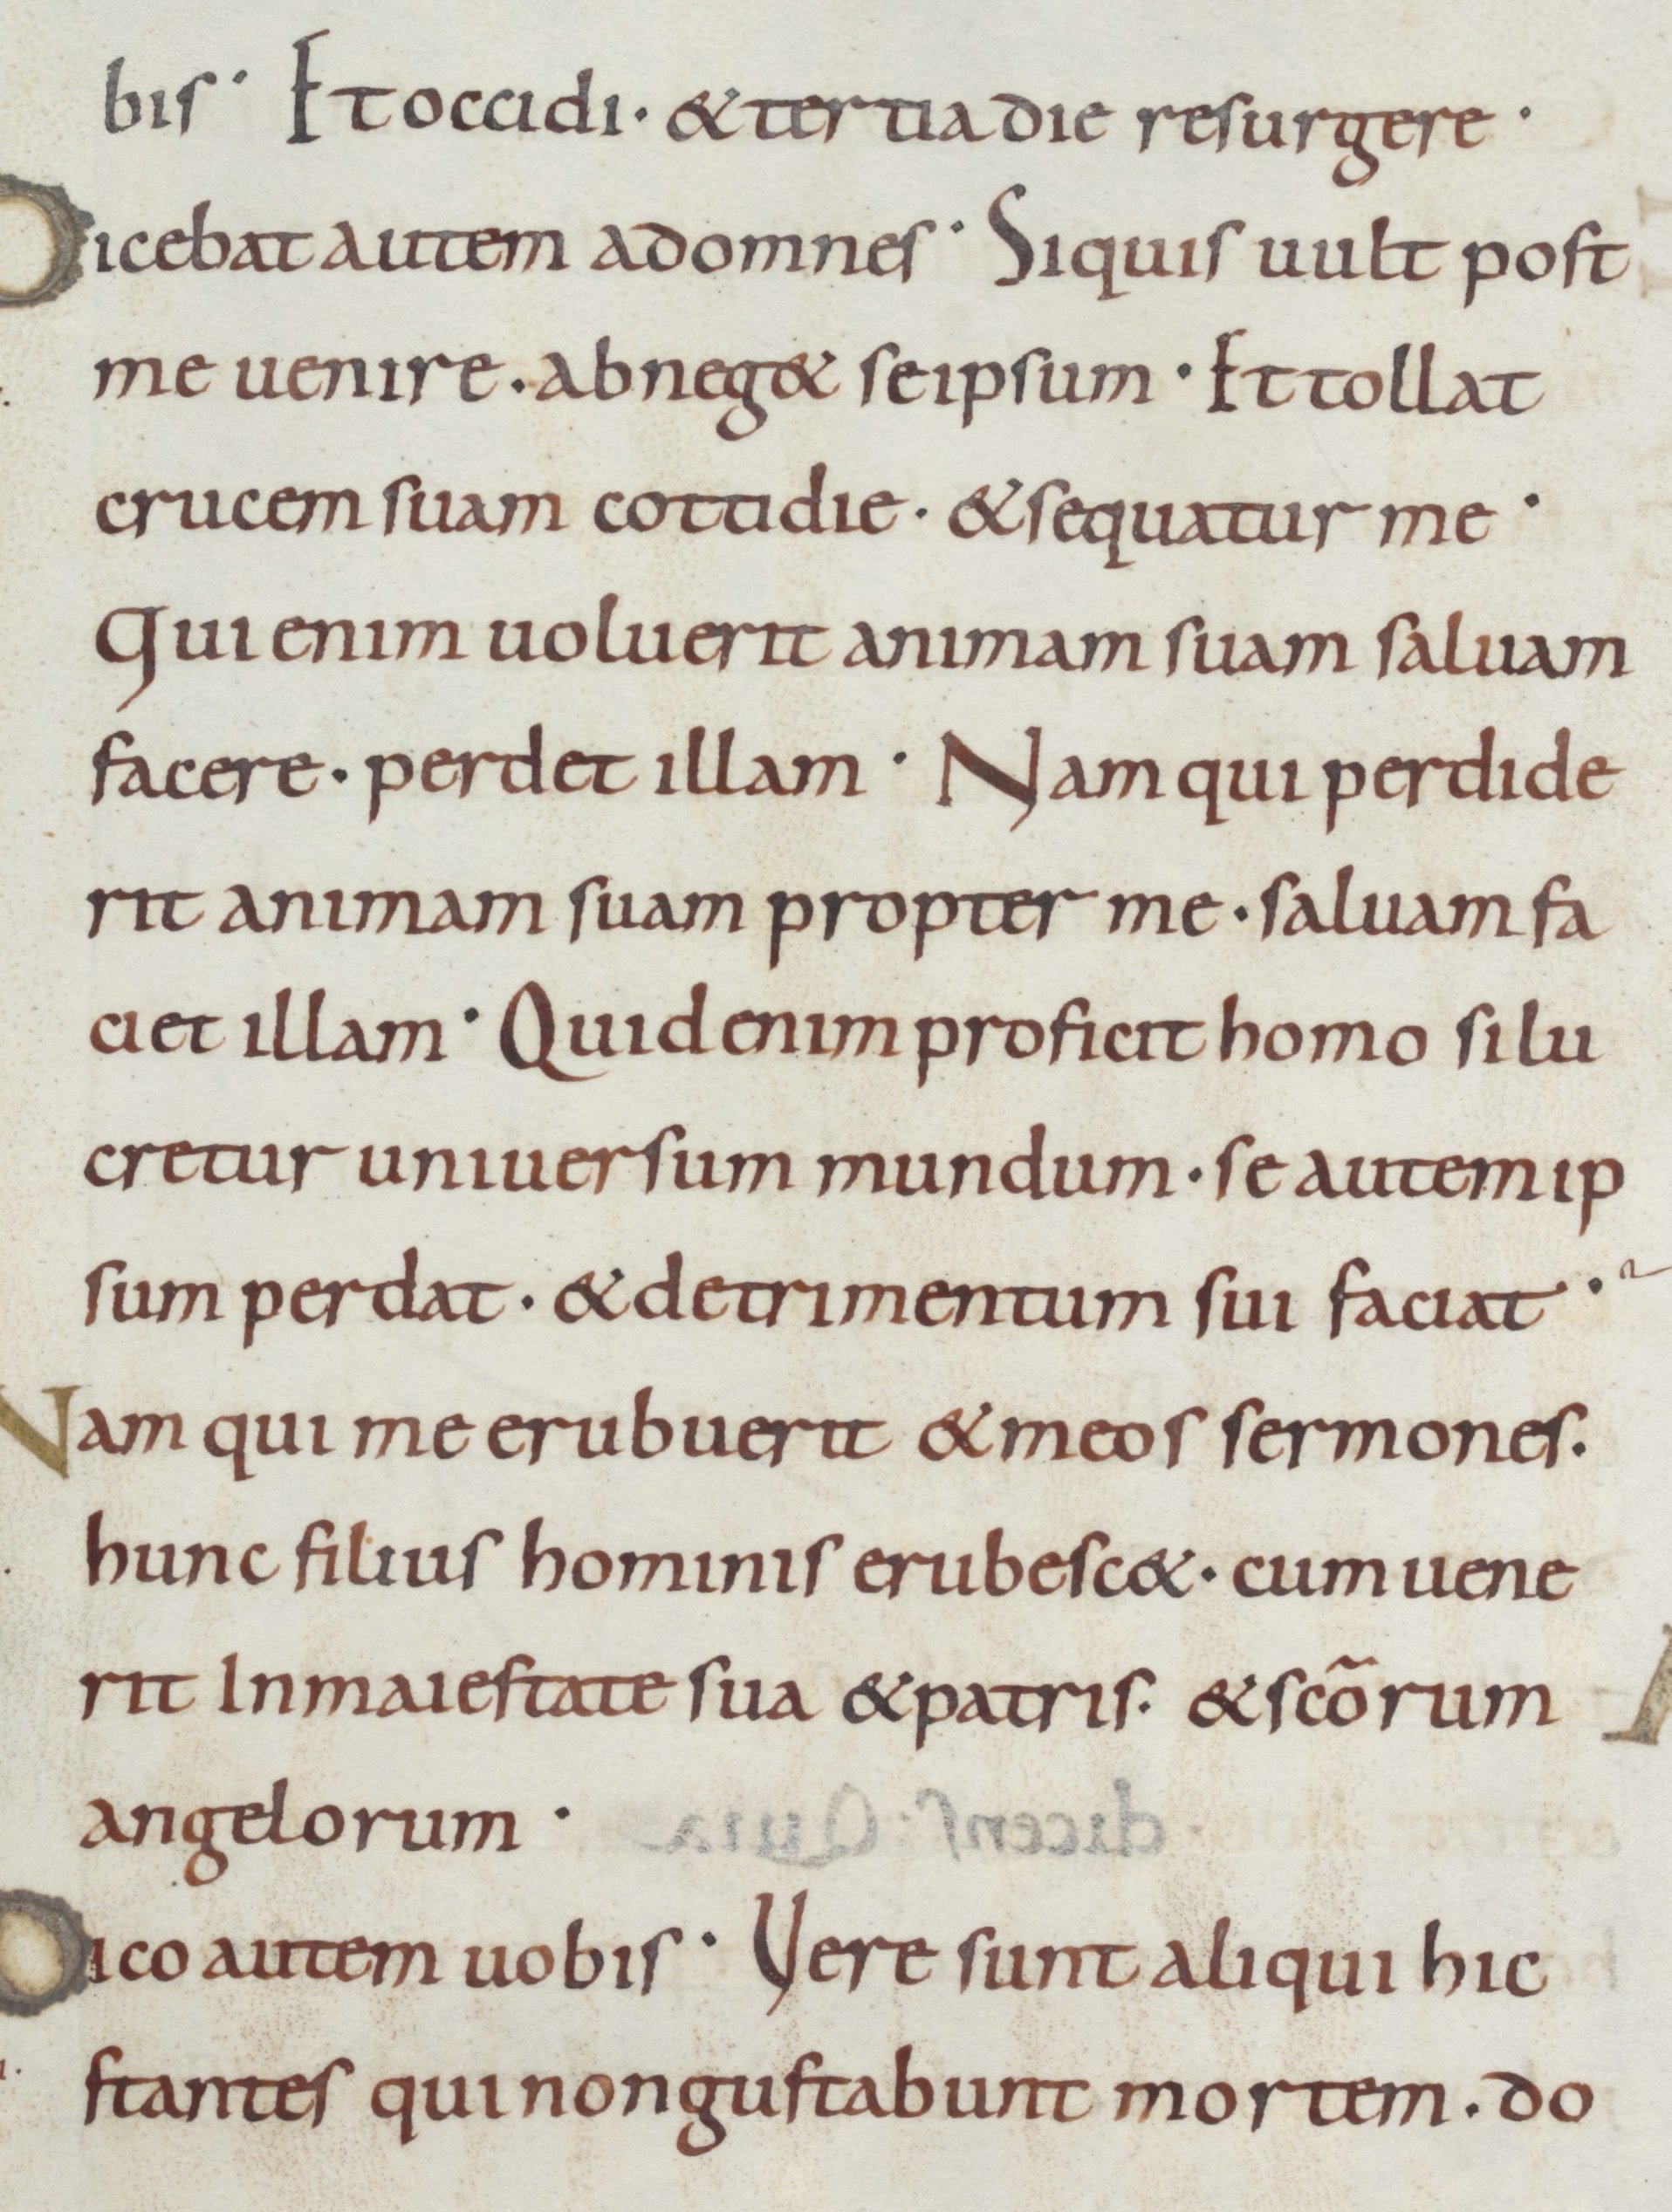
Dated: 875–899